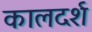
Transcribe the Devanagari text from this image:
कालदर्श